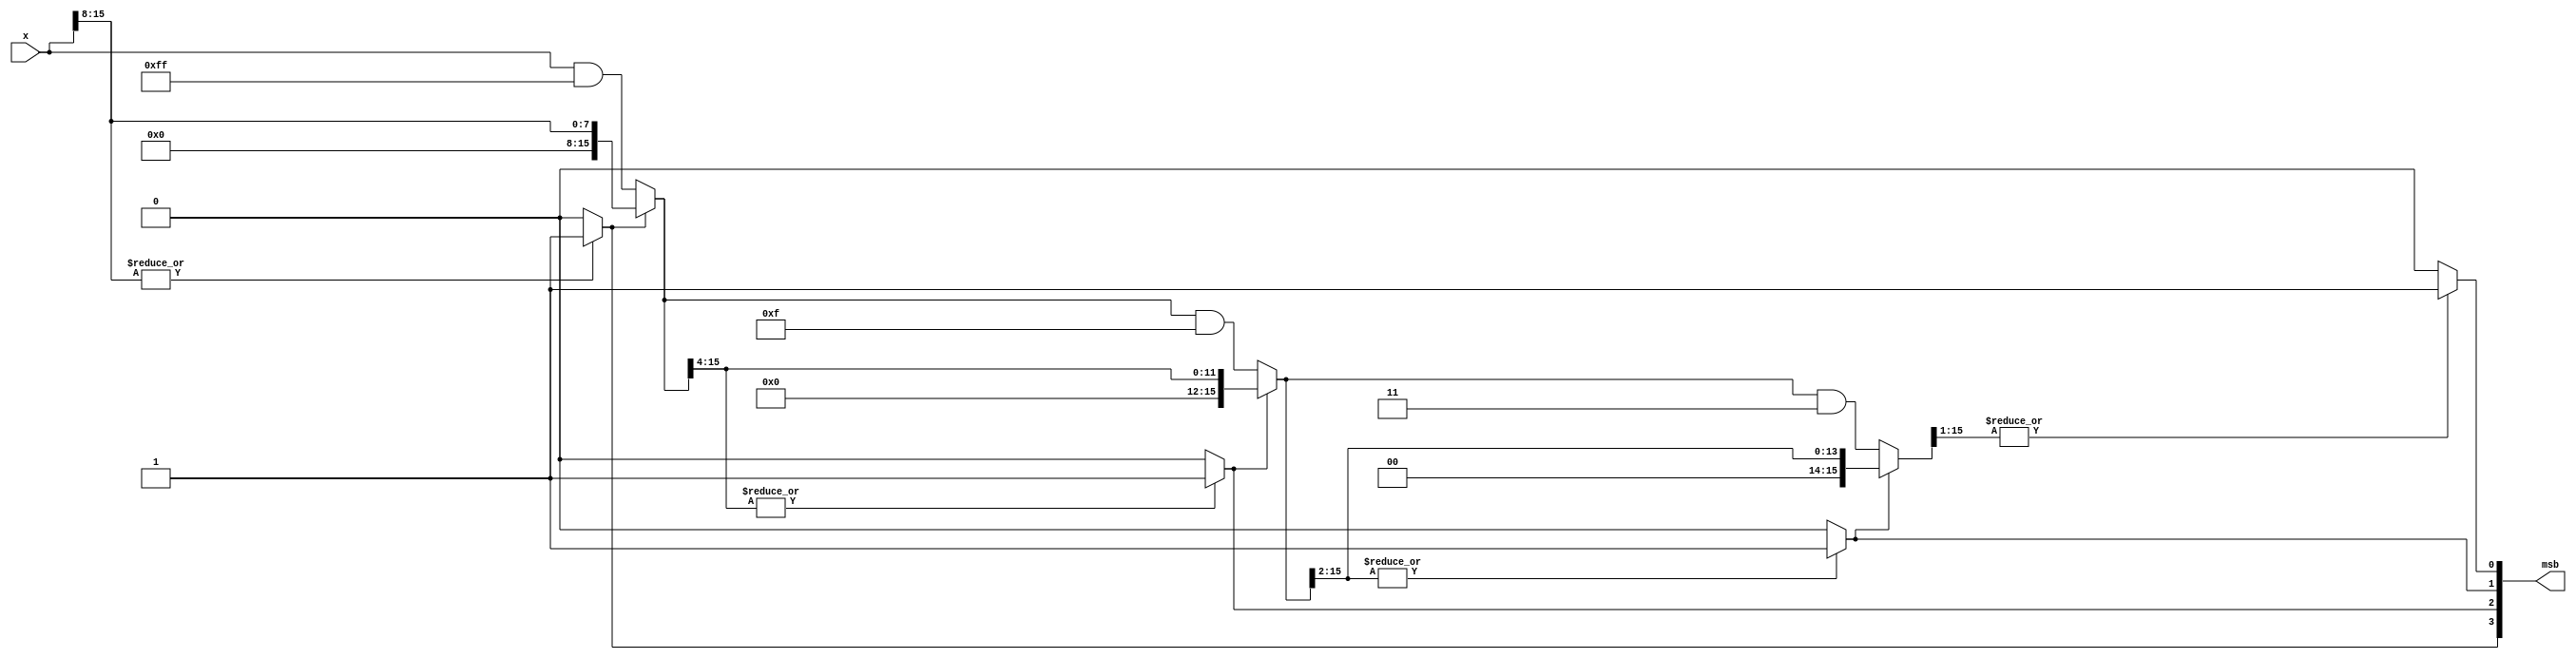
module prio_enc #(
  parameter WIDTH_LOG = 4
) (x, msb);

localparam WIDTH = 1 << WIDTH_LOG;
localparam HI = WIDTH - 1;

input [HI:0] x;

`define FAST_1
//`define FAST_2
//`define SLOW

`ifdef FAST_1

// This seems to compile to most cost-efficient
// implementation across all toolchains.

output reg [WIDTH_LOG - 1:0] msb;

integer i, width;
reg [HI:0] part;

always @* begin
  msb = 0;
  part = x;
  for (i = WIDTH_LOG - 1; i >= 0; i = i - 1) begin
    width = 1 << i;
    if (|(part >> width))
      msb[i] = 1;
    // Hopefully synthesizer understands that 'part' is shrinking...
    part = msb[i] ? part >> width : part & ((1'd1 << width) - 1'd1);
  end
end

`endif

`ifdef FAST_2

// The most low-level implementation. Surprinsingly it's not always
// the fastest...

output [WIDTH_LOG - 1:0] msb;

wire [WIDTH_LOG*WIDTH - 1:0] ors;
assign ors[WIDTH_LOG*WIDTH - 1:(WIDTH_LOG - 1)*WIDTH] = x;

genvar w, i;
integer j;

generate
  for (w = WIDTH_LOG - 1; w >= 0; w = w - 1) begin
    assign msb[w] = |ors[w*WIDTH + 2*(1 << w) - 1:w*WIDTH + (1 << w)];
    if (w > 0) begin
      assign ors[(w - 1)*WIDTH + (1 << w) - 1:(w - 1)*WIDTH] = msb[w] ? ors[w*WIDTH + 2*(1 << w) - 1:w*WIDTH + (1 << w)] : ors[w*WIDTH + (1 << w) - 1:w*WIDTH];
    end
  end
endgenerate

`endif

`ifdef SLOW

// Slow but simple. Some synthesizers are able
// to generate good RTL from this but not all.

output reg [WIDTH_LOG - 1:0] msb;

integer i;

always @* begin
  msb = 0;
  for (i = HI; i >= 0; i = i - 1)
    if (!msb && x[i])
      msb = i;
end

`endif

`ifdef SIM
//  initial
//    $monitor("%t: x=%b, msb=%b, ors=%b", $time, x, msb, ors);
`endif

endmodule